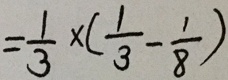
= \frac { 1 } { 3 } \times ( \frac { 1 } { 3 } - \frac { 1 } { 8 } )